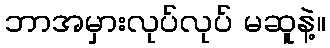
ဘာအမှားလုပ်လုပ် မဆူနဲ့။